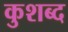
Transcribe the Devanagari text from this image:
कुशब्द